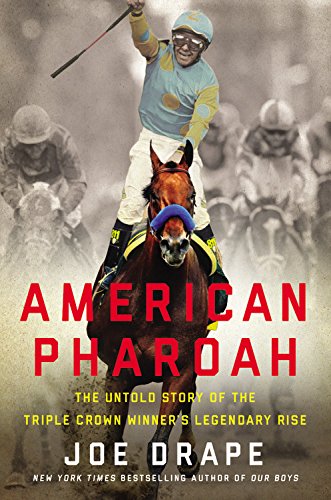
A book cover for American Pharoah: The Untold Story of the Triple Crown Winner's Legendary Rise; Joe Drape; Biographies & Memoirs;